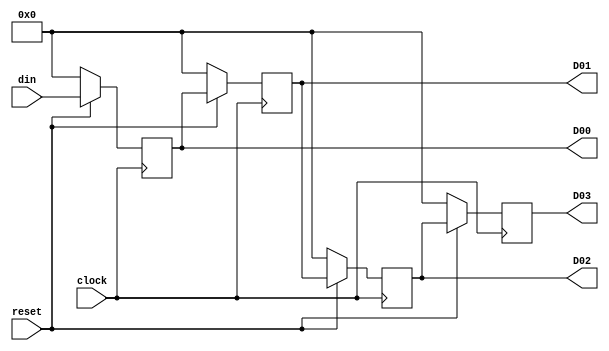
`timescale 1ns/1ps

module shiftReg4(
    input [3:0] din,
    input clock, reset,
    output reg [3:0] D00, D01, D02, D03);

always @(posedge clock) 
    begin
        if(!reset)
            begin    
                D00 <= 4'b0;
                D01 <= 4'b0;
                D02 <= 4'b0;
                D03 <= 4'b0;
            end
        else
            begin
                D00 <= din;
                D01 <= D00;
                D02 <= D01;
                D03 <= D02;
            end
    
    end

endmodule